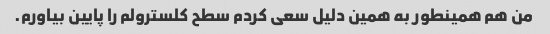
من هم همینطور به همین دلیل سعی کردم سطح کلسترولم را پایین بیاورم.